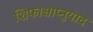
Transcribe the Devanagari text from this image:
शिफाश्चाप्नुयाद